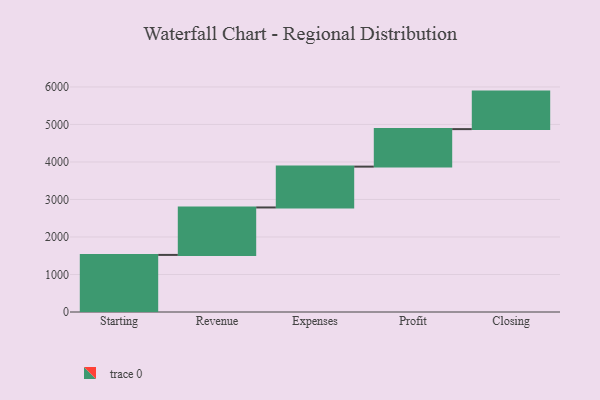
{"axis": {"x": "Step", "y": "Value"}, "legend": [""], "data": [{"x": "Starting", "y": 1522.0, "type": ""}, {"x": "Revenue", "y": 1265.0, "type": ""}, {"x": "Expenses", "y": 1089.0, "type": ""}, {"x": "Profit", "y": 1000, "type": ""}, {"x": "Closing", "y": 1000, "type": ""}]}